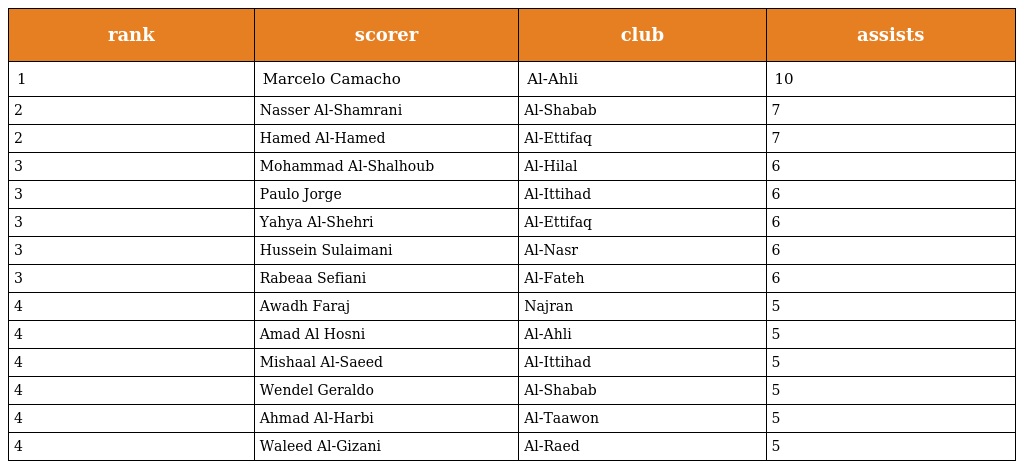
| rank | scorer | club | assists |
 | --- | --- | --- | --- |
 | 1 | Marcelo Camacho | Al-Ahli | 10 |
 | 2 | Nasser Al-Shamrani | Al-Shabab | 7 |
 | 2 | Hamed Al-Hamed | Al-Ettifaq | 7 |
 | 3 | Mohammad Al-Shalhoub | Al-Hilal | 6 |
 | 3 | Paulo Jorge | Al-Ittihad | 6 |
 | 3 | Yahya Al-Shehri | Al-Ettifaq | 6 |
 | 3 | Hussein Sulaimani | Al-Nasr | 6 |
 | 3 | Rabeaa Sefiani | Al-Fateh | 6 |
 | 4 | Awadh Faraj | Najran | 5 |
 | 4 | Amad Al Hosni | Al-Ahli | 5 |
 | 4 | Mishaal Al-Saeed | Al-Ittihad | 5 |
 | 4 | Wendel Geraldo | Al-Shabab | 5 |
 | 4 | Ahmad Al-Harbi | Al-Taawon | 5 |
 | 4 | Waleed Al-Gizani | Al-Raed | 5 |